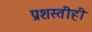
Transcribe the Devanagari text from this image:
प्रशस्तीही